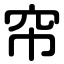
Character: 帘